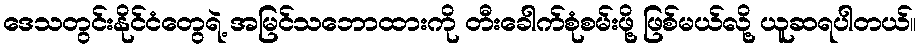
ဒေသတွင်းနိုင်ငံတွေရဲ့ အမြင်သဘောထားကို တီးခေါက်စုံစမ်းဖို့ ဖြစ်မယ်လို့ ယူဆရပါတယ်။